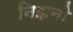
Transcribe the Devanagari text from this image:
निझनी